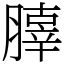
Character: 䐻